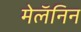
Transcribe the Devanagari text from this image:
मेलॅनिन